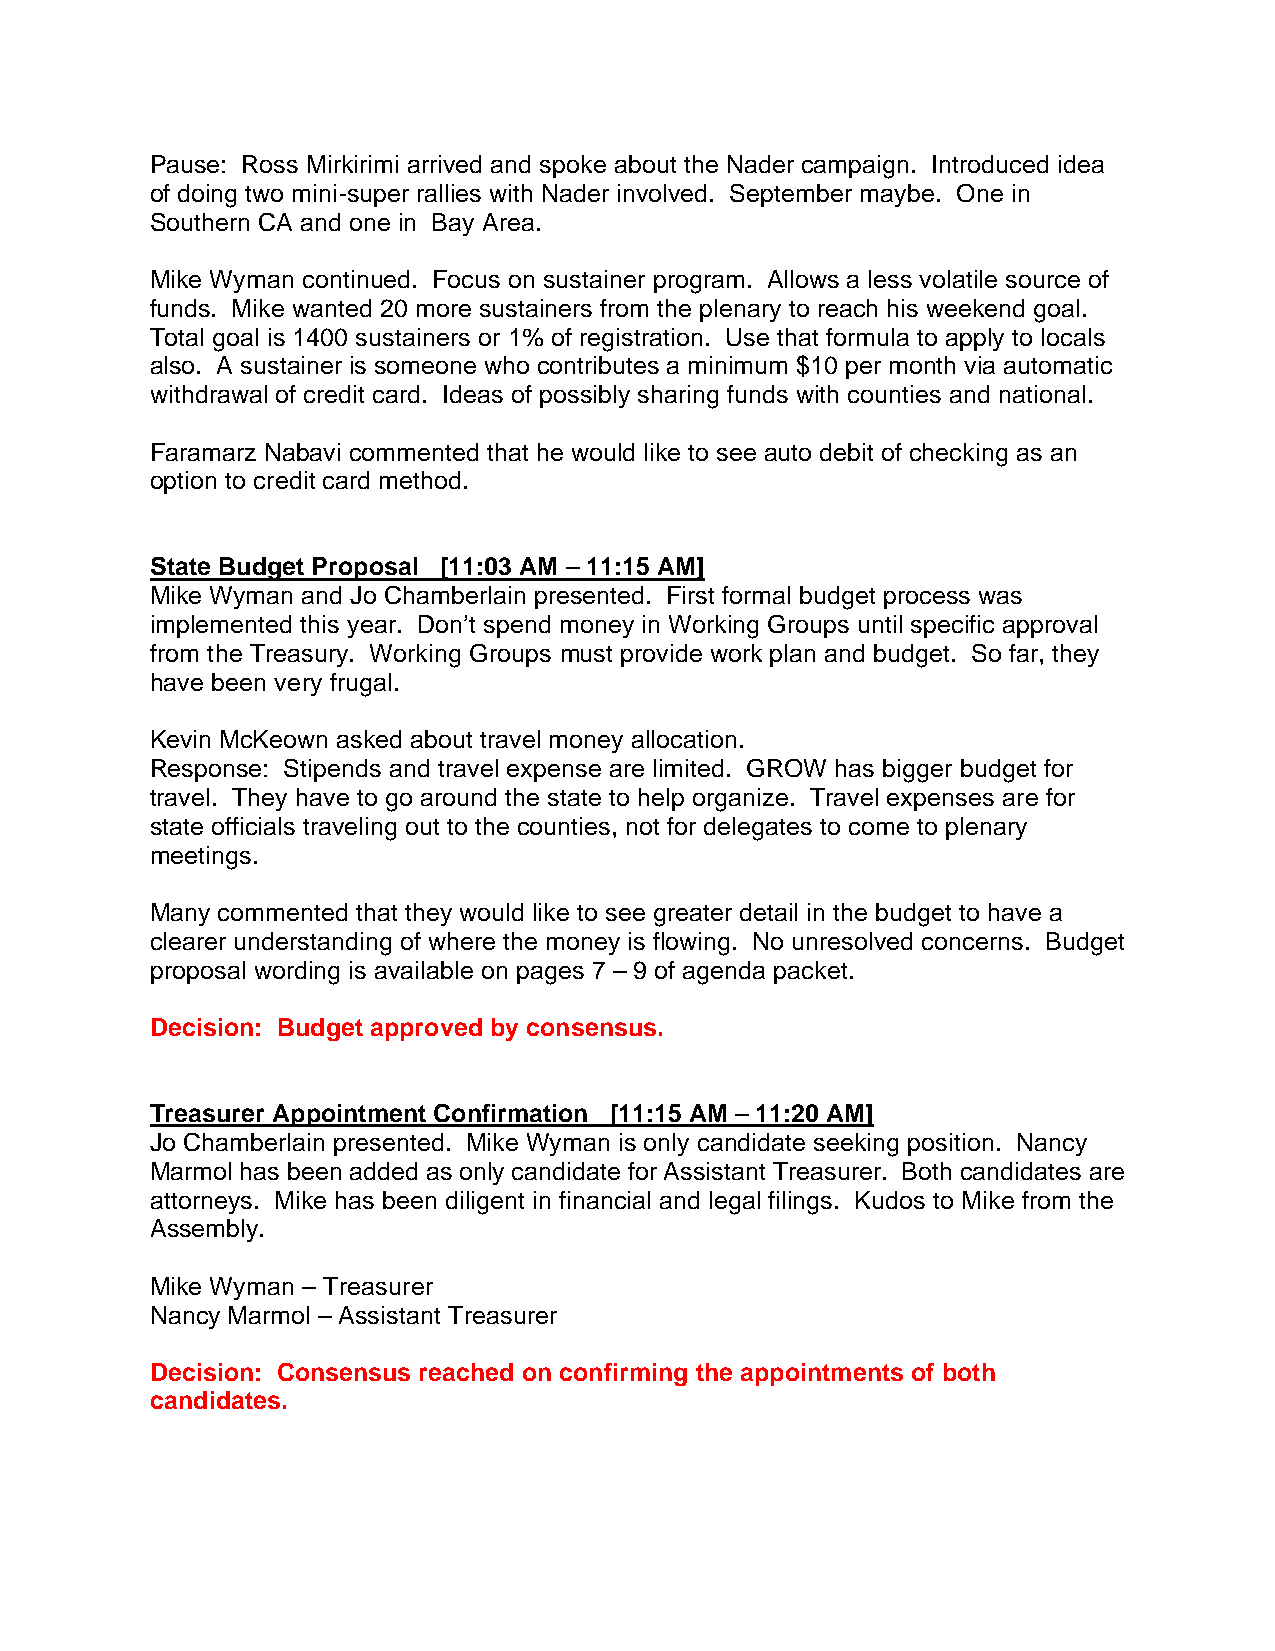
Pause: Ross Mirkirimi arrived and spoke about the Nader campaign. Introduced idea
 of doing two mini-super rallies with Nader involved. September maybe. One in
 Southern CA and one in Bay Area.
 Mike Wyman continued. Focus on sustainer program. Allows a less volatile source of
 funds. Mike wanted 20 more sustainers from the plenary to reach his weekend goal.
 Total goal is 1400 sustainers or 1% of registration. Use that formula to apply to locals
 also. A sustainer is someone who contributes a minimum $10 per month via automatic
 withdrawal of credit card. Ideas of possibly sharing funds with counties and national.
 Faramarz Nabavi commented that he would like to see auto debit of checking as an
 option to credit card method.
 State Budget Proposal [11:03 AM – 11:15 AM]
 Mike Wyman and Jo Chamberlain presented. First formal budget process was
 implemented this year. Don’t spend money in Working Groups until specific approval
 from the Treasury. Working Groups must provide work plan and budget. So far, they
 have been very frugal.
 Kevin McKeown asked about travel money allocation.
 Response: Stipends and travel expense are limited. GROW has bigger budget for
 travel. They have to go around the state to help organize. Travel expenses are for
 state officials traveling out to the counties, not for delegates to come to plenary
 meetings.
 Many commented that they would like to see greater detail in the budget to have a
 clearer understanding of where the money is flowing. No unresolved concerns. Budget
 proposal wording is available on pages 7 – 9 of agenda packet.
 Decision: Budget approved by consensus.
 Treasurer Appointment Confirmation [11:15 AM – 11:20 AM]
 Jo Chamberlain presented. Mike Wyman is only candidate seeking position. Nancy
 Marmol has been added as only candidate for Assistant Treasurer. Both candidates are
 attorneys. Mike has been diligent in financial and legal filings. Kudos to Mike from the
 Assembly.
 Mike Wyman – Treasurer
 Nancy Marmol – Assistant Treasurer
 Decision: Consensus reached on confirming the appointments of both
 candidates.